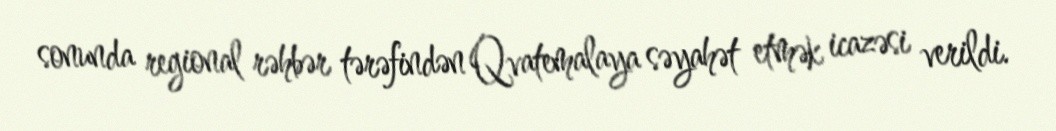
sonunda regional rəhbər tərəfindən Qvatemalaya səyahət etmək icazəsi verildi.